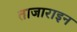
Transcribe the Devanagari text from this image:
ताजाराइन